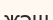
жәш